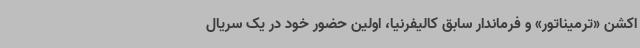
اکشن «ترمیناتور» و فرماندار سابق کالیفرنیا، اولین حضور خود در یک سریال